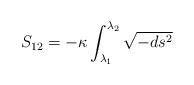
LaTeX: \begin{align*}S_{12} = -\kappa \int^{\lambda_2}_{\lambda_1} \sqrt{-ds^2}\end{align*}